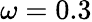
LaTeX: \omega=0.3